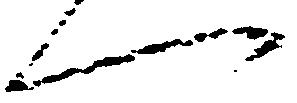
へ